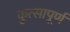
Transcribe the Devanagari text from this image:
कुत्सापूर्ण